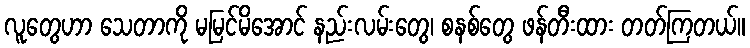
လူတွေဟာ သေတာကို မမြင်မိအောင် နည်းလမ်းတွေ၊ စနစ်တွေ ဖန်တီးထား တတ်ကြတယ်။